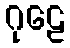
ဂုဠေ